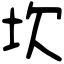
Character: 坎